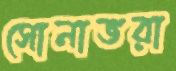
সোনাভরা